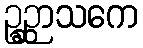
ဥဉ္ဆာသကေ